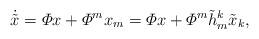
LaTeX: \begin{align*}\dot{\tilde{x}} = \varPhi x + \varPhi^m x_m = \varPhi x + \varPhi^m \tilde{h}_m^k \tilde{x}_k,\end{align*}